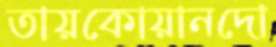
তায়কোয়ানদো